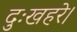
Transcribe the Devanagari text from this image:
दुःखहरे।